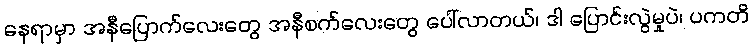
နေရာမှာ အနီပြောက်လေးတွေ အနီစက်လေးတွေ ပေါ်လာတယ်၊ ဒါ ပြောင်းလွဲမှုပဲ၊ ပကတိ